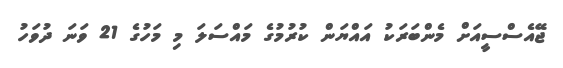
ޖޭއެސްސީއަށް މެންބަރަކު އައްޔަން ކުރުމުގެ މައްސަލަ މި މަހުގެ 21 ވަނަ ދުވަހު